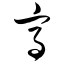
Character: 高